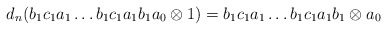
\begin{align*}d_n(b_1c_1a_1 \dots b_1c_1a_1b_1a_0 \otimes 1) = b_1c_1a_1 \dots b_1c_1a_1b_1 \otimes a_0\end{align*}